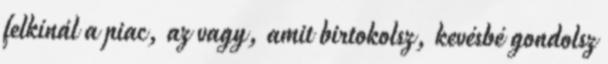
felkínál a piac, az vagy, amit birtokolsz, kevésbé gondolsz